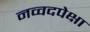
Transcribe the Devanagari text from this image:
नव्वदपेक्षा